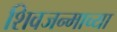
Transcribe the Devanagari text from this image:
शिवजन्माच्या